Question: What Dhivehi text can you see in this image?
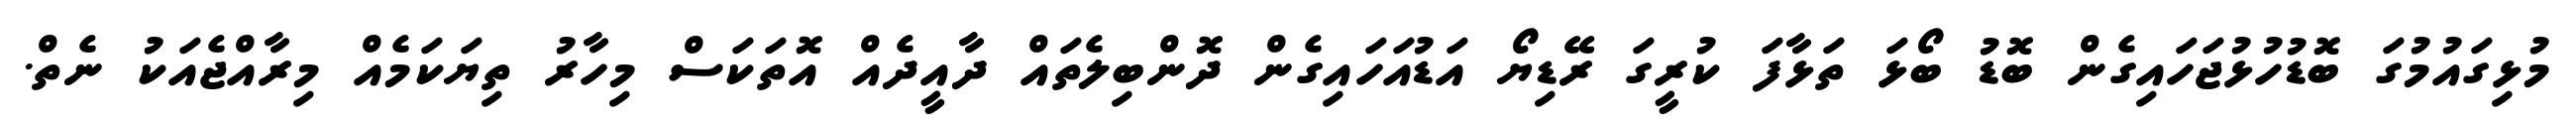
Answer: މުޅިގައުމުގަ ބޮޑުހުޅުޖަހައިގެން ބޮޑު ބޯޅަ ތަޅާފަ ކުރީގަ ރޭޑިޔޯ އަޑުއަހައިގެން ދޮންބިލެތައް ދާއީދެއް އޮތަކަސް މިހާރު ތިޔަކަމެއް މިރާއްޖެއަކު ނެތް.